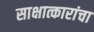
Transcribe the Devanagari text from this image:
साक्षात्कारांचा